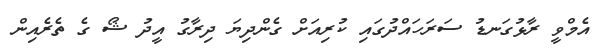
އެމްވީ ރާޅުގަނޑު ސަރަހައްދުގައި ކުރިއަށް ގެންދިޔަ ދިރާގު އީދު ޝޯ ގެ ތެރެއިން